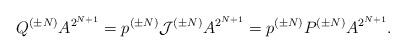
LaTeX: \begin{align*}Q^{(\pm N)} A^{2^{N+1}} = p^{(\pm N)}{\cal J}^{(\pm N)}A^{2^{N+1}} =p^{(\pm N)}P^{(\pm N)} A^{2^{N+1}}.\end{align*}